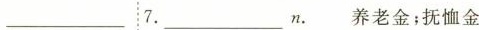
___________7.________n.养老金;抚恤金